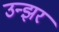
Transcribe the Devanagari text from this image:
उन्झर